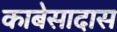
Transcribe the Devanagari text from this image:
काबेसादास